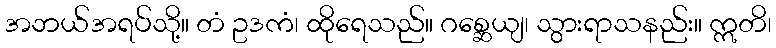
အဘယ်အရပ်သို့။ တံ ဥဒကံ၊ ထိုရေသည်။ ဂစ္ဆေယျ၊ သွားရာသနည်း။ ဣတိ၊